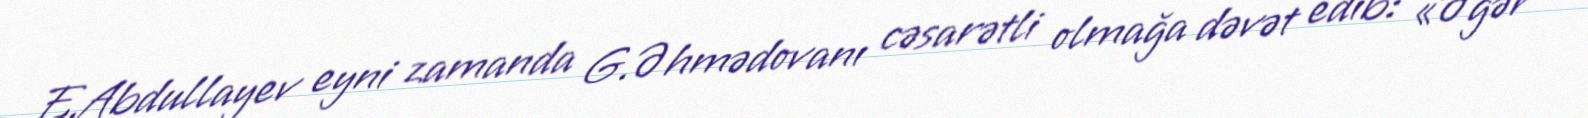
E.Abdullayev eyni zamanda G.Əhmədovanı cəsarətli olmağa dəvət edib: «Əgər